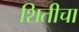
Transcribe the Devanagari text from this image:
शितीचा